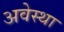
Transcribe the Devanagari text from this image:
अवेस्था